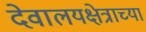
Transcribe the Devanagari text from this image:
देवालयक्षेत्राच्या